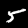
Label: 5